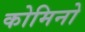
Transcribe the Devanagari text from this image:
कोमिनो